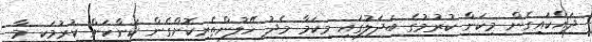
ދައްކައިގެން މިކަން ކުރުމުގެ ބަދަލުގައި މިކަމާ މެދު ހޭލުންތެރިކޮށްގެން ކަންކަން ކުރުމަކީ މާ